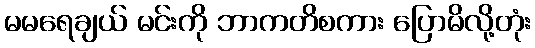
မမရေချယ် မင်းကို ဘာကတိစကား ပြောမိလို့တုံး